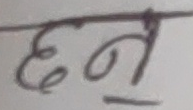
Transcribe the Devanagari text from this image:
छन्